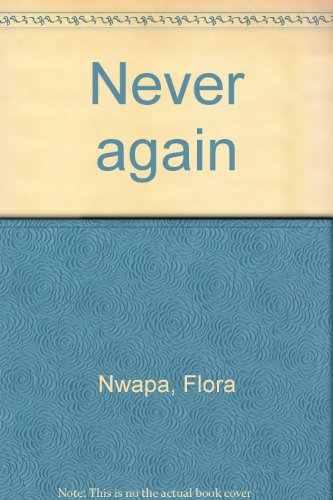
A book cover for Never again; Flora Nwapa; History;